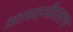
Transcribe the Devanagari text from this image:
आमदनीतलाच